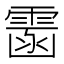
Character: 䨡